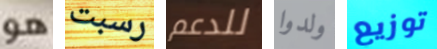
هو رسبت للدعم ولدوا توزيع